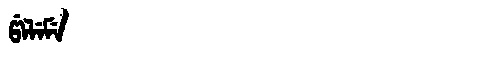
Manchu: ᡦᡝᠯᡝᠮᡝ
Romanization: PELEME